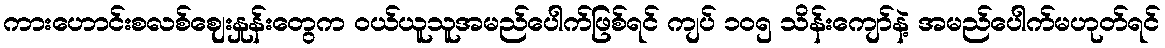
ကားဟောင်းစလစ်ဈေးနှုန်းတွေက ဝယ်ယူသူအမည်ပေါက်ဖြစ်ရင် ကျပ် ၁၀၅ သိန်းကျော်နဲ့ အမည်ပေါက်မဟုတ်ရင်